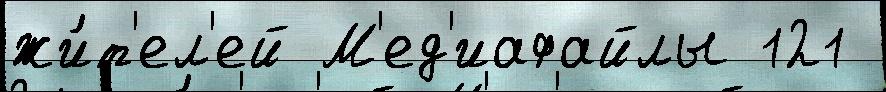
жи́т'ел'ей М'ед'иафайлы 121